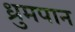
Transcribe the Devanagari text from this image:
ध्रुमपान